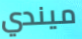
ميندي